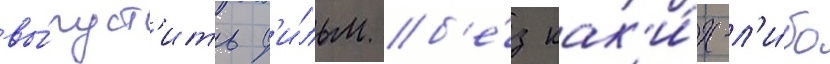
вы́пуст'ить ф'и́льм б'е́з как'и́х-л'и́бо